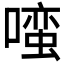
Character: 𱔭